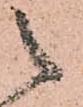
之